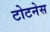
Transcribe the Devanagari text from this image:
टोटनेस